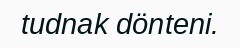
tudnak dönteni.